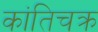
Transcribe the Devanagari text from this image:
कांतिचक्र